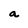
Character: a